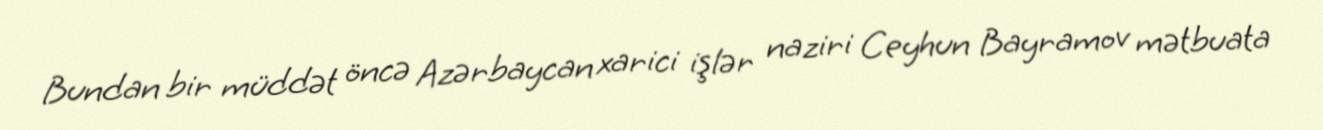
Bundan bir müddət öncə Azərbaycan xarici işlər naziri Ceyhun Bayramov mətbuata